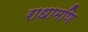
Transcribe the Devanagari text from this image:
राधामणि